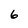
Character: 6